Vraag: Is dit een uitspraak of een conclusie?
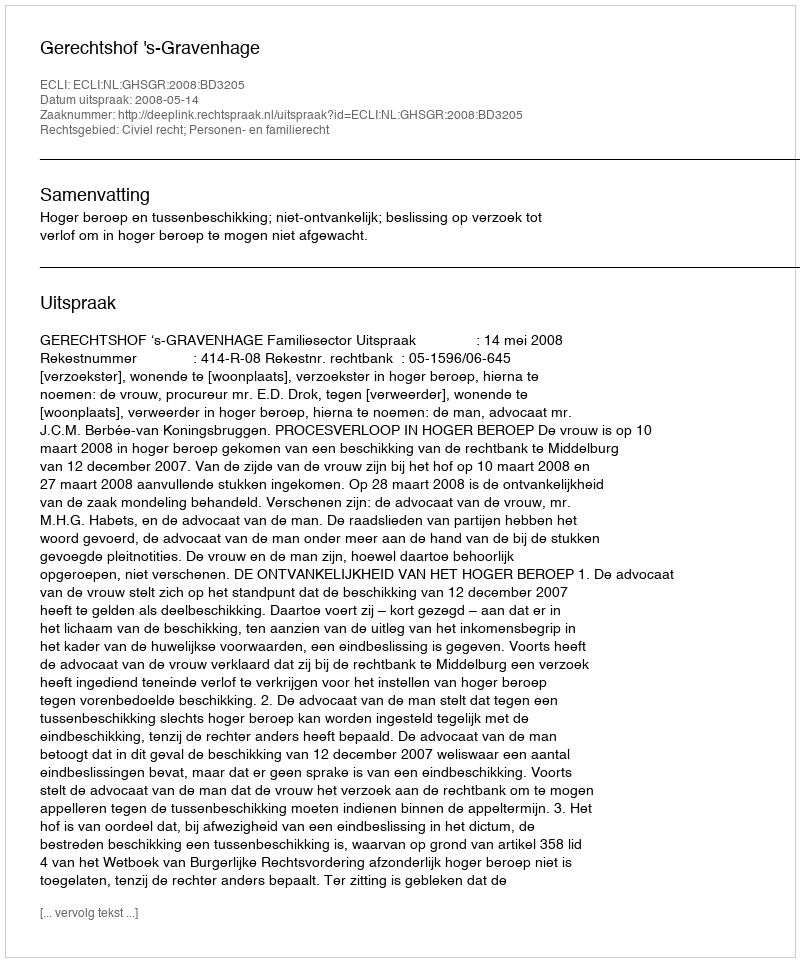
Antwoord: Uitspraak